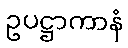
ဥပဋ္ဌာကာနံ